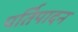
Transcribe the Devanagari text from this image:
पर्तिपादन